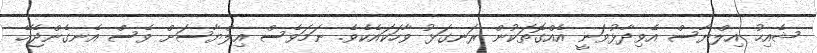
ޝެއިހު އިލްޔާސް އެވިދާޅުވަނީ އެއްގޮތަކުން ރަނގަޅު ވާހަކައެކެވެ. ނަމަވެސް އިލްޔާސަށް ވެސް އެނގެންޖެހޭ